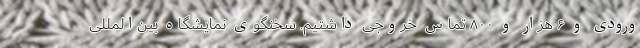
ورودی و ۶ هزار و ۸۰۰ تماس خروجی داشتیم. سخنگوی‌ نمایشگاه بین‌المللی